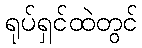
ရုပ်ရှင်ထဲတွင်